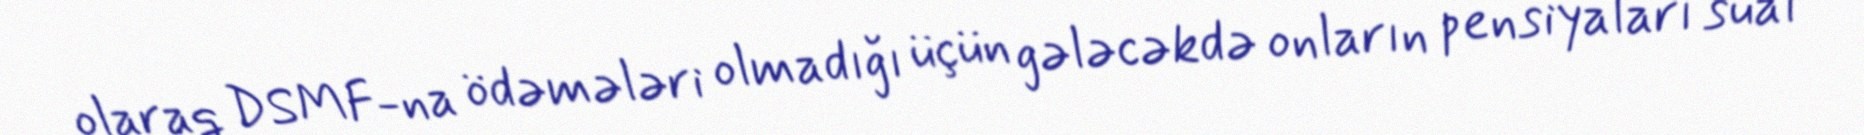
olaraq DSMF-na ödəmələri olmadığı üçün gələcəkdə onların pensiyaları sual